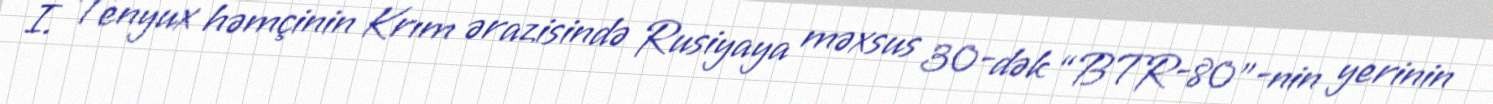
İ. Tenyux həmçinin Krım ərazisində Rusiyaya məxsus 30-dək “BTR-80”-nin yerinin